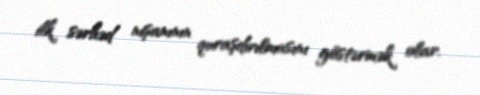
ilk sərhəd nişanının quraşdırılmasını göstərmək olar.